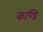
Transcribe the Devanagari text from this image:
कण्डि